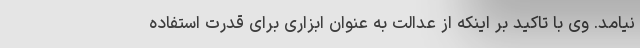
نیامد. وی با تاکید بر اینکه از عدالت به عنوان ابزاری برای قدرت استفاده